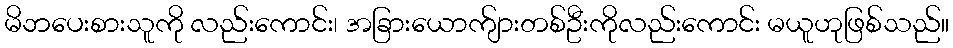
မိဘပေးစားသူကို လည်းကောင်း၊ အခြားယောက်ျားတစ်ဦးကိုလည်းကောင်း မယူဟုဖြစ်သည်။